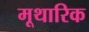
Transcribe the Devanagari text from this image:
मूथारिक